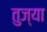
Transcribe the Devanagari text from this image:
तुज्या